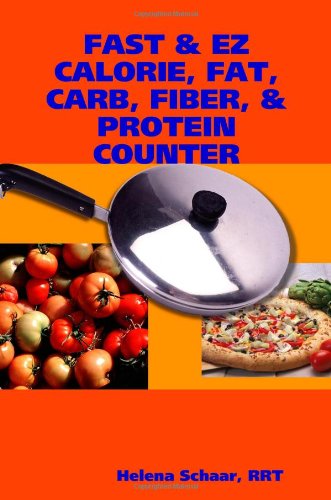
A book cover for FAST & EZ CALORIE, FAT, CARB, FIBER, & PROTEIN COUNTER; RRT, Helena Schaar; Health, Fitness & Dieting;